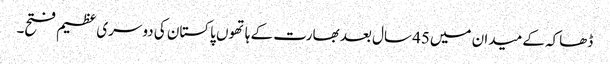
ڈھاکہ کے میدان میں45 سال بعد بھارت کے ہاتھوں پاکستان کی دوسری عظیم فتح۔